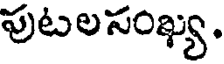
పుటలసంఖ్య.